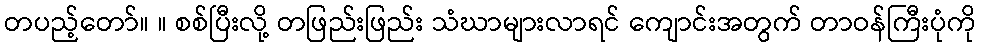
တပည့်တော်။ ။ စစ်ပြီးလို့ တဖြည်းဖြည်း သံဃာများလာရင် ကျောင်းအတွက် တာဝန်ကြီးပုံကို